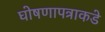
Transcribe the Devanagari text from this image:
घोषणापत्राकडे